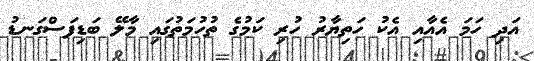
އަދި ހަމަ އެއާއި އެކު ހަތިޔާރު ހުރި ކަމުގެ ތުހުމަތުގައި މާލޭ ބަޑިފަސްގަނޑު